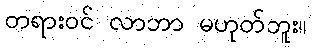
တရားဝင် လာဘာ မဟုတ်ဘူး။